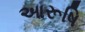
આરૂષિ